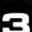
Digit: 3